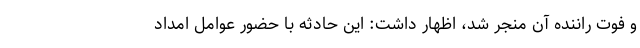
و فوت راننده آن منجر شد، اظهار داشت: این حادثه با حضور عوامل امداد